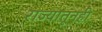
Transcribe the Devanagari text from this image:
राज्यातूनही